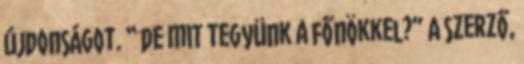
újdonságot. “ de mit tegyünk a főnökkel?” A szerző,